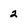
Character: 2